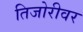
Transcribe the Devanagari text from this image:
तिजोरीवर